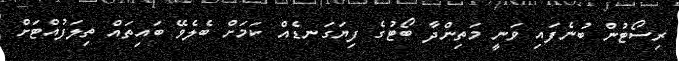
ރިސޯޓުން ބުނެފައި ވަނީ މަތިންދާ ބޯޓުގެ ފިޔަގަނޑެއް ކަމަށް ބެލެވޭ ބައިތައް ތިލަފުއްޓަށް